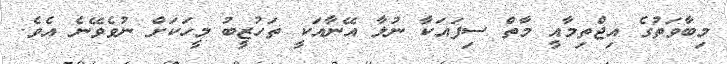
މިބާވަތުގެ އިޖްތިމާއީ މާތް ސިފައަކާ ނުލާ އޭނާއަކީ ތަހުޒީބު މީހަކަށް ނުވެވޭނެ އެވެ.